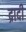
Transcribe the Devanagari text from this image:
द्रादी